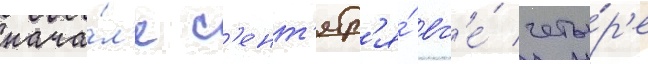
нача́л'е с'ент'ябр'я́ вс'е́ четы́р'е